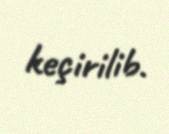
keçirilib.